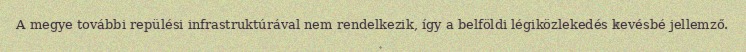
A megye további repülési infrastruktúrával nem rendelkezik, így a belföldi légiközlekedés kevésbé jellemző.